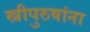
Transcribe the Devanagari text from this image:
स्त्रीपुरुषांना